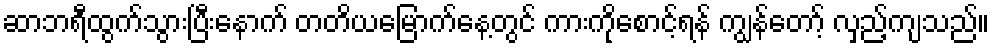
ဆာဘရီထွက်သွားပြီးနောက် တတိယမြောက်နေ့တွင် ကားကိုစောင့်ရန် ကျွန်တော့် လှည့်ကျသည်။